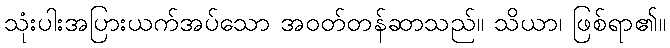
သုံးပါးအပြားယက်အပ်သော အဝတ်တန်ဆာသည်။ သိယာ၊ ဖြစ်ရာ၏။